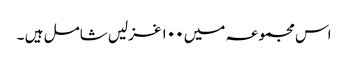
اس مجموعہ میں ۱۰۰ غزلیں شامل ہیں ۔